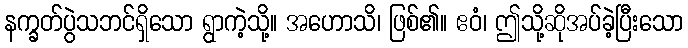
နက္ခတ်ပွဲသဘင်ရှိသော ရွာကဲ့သို့။ အဟောသိ၊ ဖြစ်၏။ ဧဝံ၊ ဤသို့ဆိုအပ်ခဲ့ပြီးသော